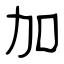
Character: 加